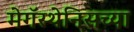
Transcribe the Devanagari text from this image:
मेगॅस्थेनिसच्या